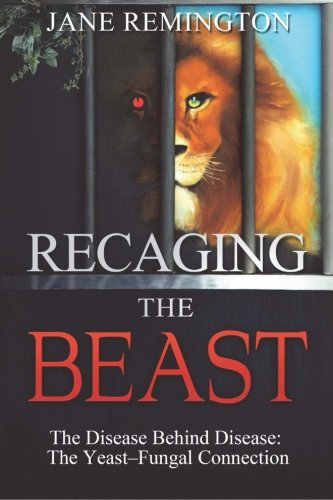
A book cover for Recaging The Beast: The Disease Behind Disease: The Yeast-Fungal Connection; Jane Remington; Health, Fitness & Dieting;